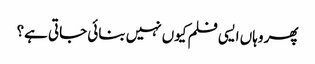
پھر وہاں ایسی فلم کیوں نہیں بنائی جاتی ہے؟